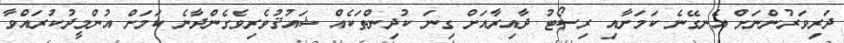
ދަރިވަރުންނަށް އެނގޭނެ ކަމަށާއި ރިސޯޓު ދާއިރާއަށް ގިނަ ކުދިންތަކެއް ޝައުޤުވެރިވެގެންދާނެ ކަމަށް އުންމީދުކުރައްވާ